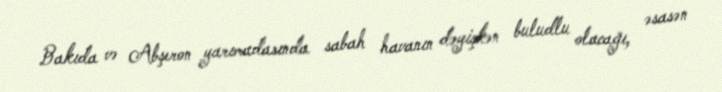
Bakıda və Abşeron yarımadasında sabah havanın dəyişkən buludlu olacağı, əsasən